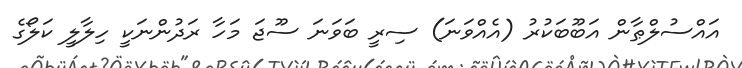
އައްސުލްޠާން އަބޫބަކުރު (އެއްވަނަ) ސިރީ ބަވަނަ ސޫޖަ މަހާ ރަދުންނަކީ ހިލާލީ ކަލޯގެ